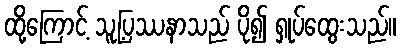
ထို့ကြောင့် သူ့ပြဿနာသည် ပို၍ ရှုပ်ထွေးသည်။